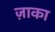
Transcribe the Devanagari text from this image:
ज़ाका